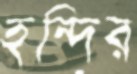
হন্দির